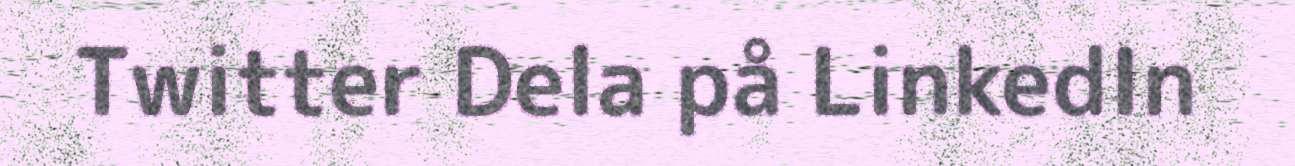
Twitter Dela på LinkedIn